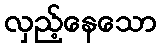
လှည့်နေသော